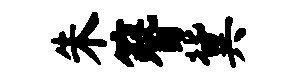
朱簪冀